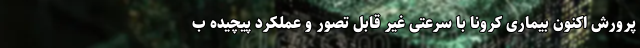
پرورش اکنون بیماری کرونا با سرعتی غیر قابل تصور و عملکرد پیچیده ب